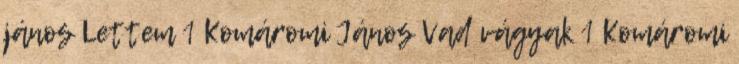
jános Lettem 1 Komáromi János Vad vágyak 1 Komáromi